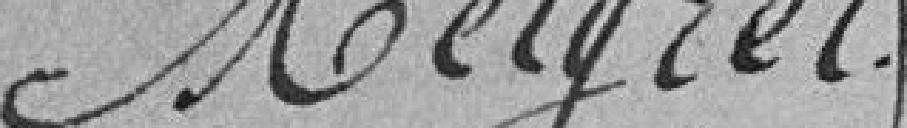
Meigret.